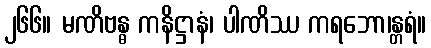
၂၆၆။ မဏိဗန္ဓ ကနိဋ္ဌာနံ၊ ပါဏိဿ ကရဘော၊န္တရံ။